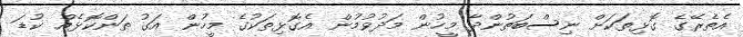
އެތެރޭގެ ގޮޅިތަކަށް ނިސްބަތުންދާ މީހުން މަދުވުމުން އެގޮޅިތަކުގެ މީހުން އަގު ތަންކޮޅެއް ކުޑަ